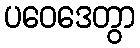
ပဝေဒေတွာ